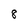
Character: 8